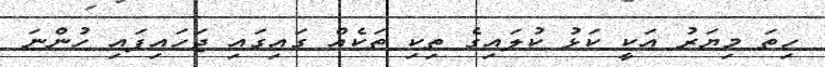
ހިތަ މިޔަރު އަކީ ކަޅު ކުލައިގެ ތިކި ތަކެއް ގައިގައި ޖަހައިފައި ހުންނަ